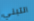
التبني